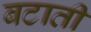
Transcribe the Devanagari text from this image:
बटाती